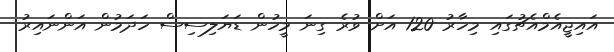
އައިޖީއެމްއެޗުގައި މިހާރު 120 އަށް ވުރެ ގިނަ މީހުން ޑަޔަލިސިސް ހަދަމުން އަންނައިރު